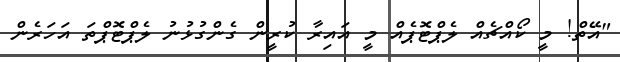
"އޭތް! މީ ކޯއްޗެއް ލެޕްޓޮޕެއް މީ އައިރާ ކުރީން ގެންގުޅުނު ލެޕްޓޮޕްތަ އަހަރެން